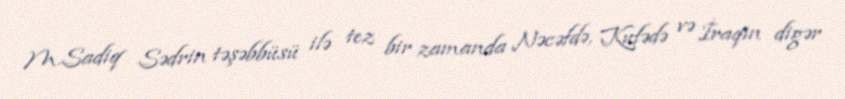
M.Sadiq Sədrin təşəbbüsü ilə tez bir zamanda Nəcəfdə, Kufədə və İraqın digər